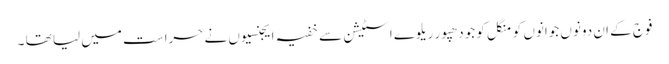
فوج کے ان دونوں جوانوں کو منگل کو جودھپور ریلوے اسٹیشن سے خفیہ ایجنسیوں نے حراست میں لیا تھا ۔